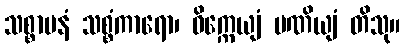
သစ္စာပနံ သစ္စံကာရော၊ ဝိက္ကေယျံ ပဏိယျံ တိသု။